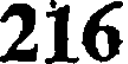
216